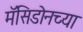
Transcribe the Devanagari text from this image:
मॅसिडोनच्या